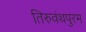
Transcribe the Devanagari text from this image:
तिरुवंथपुरम